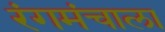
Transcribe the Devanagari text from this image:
रंगमंचाला